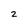
Character: 2